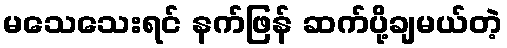
မသေသေးရင် နက်ဖြန် ဆက်ပို့ချမယ်တဲ့